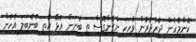
ކޮންމެހެން ދުރުދުރުން ވާހަކަ ނުގެންގޮސް ތި ބުނަން އުޅޭ އެތި ބުނެބަލަ އެހެން